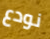
نودع